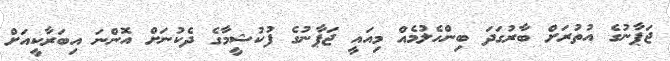
ޖަޕާނުގެ އުތުރަށް ބާރުގަދަ ބިންހެލުމެއް މިއައީ ޖަޕާނުގެ ފުކުޝީމާގެ ދެކުނަށް އޮންނަ އިބަރާކީއަށް